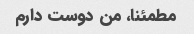
مطمئنا، من دوست دارم